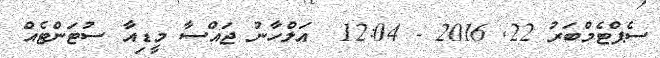
ސެޕްޓެމްބަރު 22